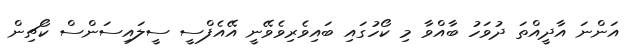
އަންނަ އާދީއްތަ ދުވަހު ބާއްވާ މި ކޯހުގައި ބައިވެރިވެވޭނީ އޭއެފްސީ ސީލައިސަންސް ކޯޗިން